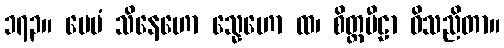
၁၇၃။ ပေမံ သိနေဟော သ္နေဟော ထ၊ စိတ္တပီဠာ ဝိသညိတာ။